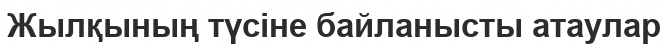
Жылқының түсіне байланысты атаулар